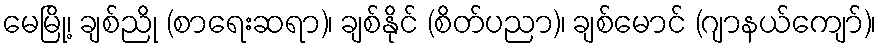
မေမြို့၊ ချစ်ညို (စာရေးဆရာ)၊ ချစ်နိုင် (စိတ်ပညာ)၊ ချစ်မောင် (ဂျာနယ်ကျော်)၊